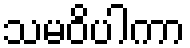
သမဝိပါကာ